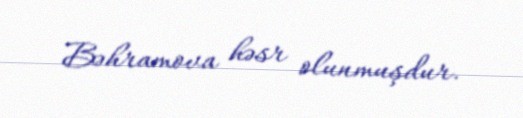
Bəhramova həsr olunmuşdur.